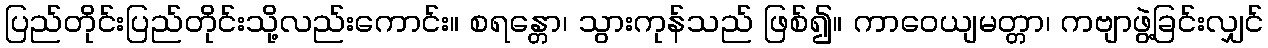
ပြည်တိုင်းပြည်တိုင်းသို့လည်းကောင်း။ စရန္တော၊ သွားကုန်သည် ဖြစ်၍။ ကာဝေယျမတ္တာ၊ ကဗျာဖွဲ့ခြင်းလျှင်